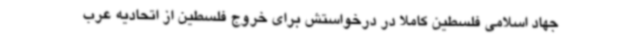
جهاد اسلامی فلسطین کاملا در درخواستش برای خروج فلسطین از اتحادیه عرب